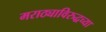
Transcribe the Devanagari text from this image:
मराठ्याविरुद्धच्या